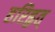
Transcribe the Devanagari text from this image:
हरिहृत्